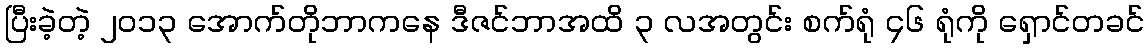
ပြီးခဲ့တဲ့ ၂၀၁၃ အောက်တိုဘာကနေ ဒီဇင်ဘာအထိ ၃ လအတွင်း စက်ရုံ ၄၆ ရုံကို ရှောင်တခင်